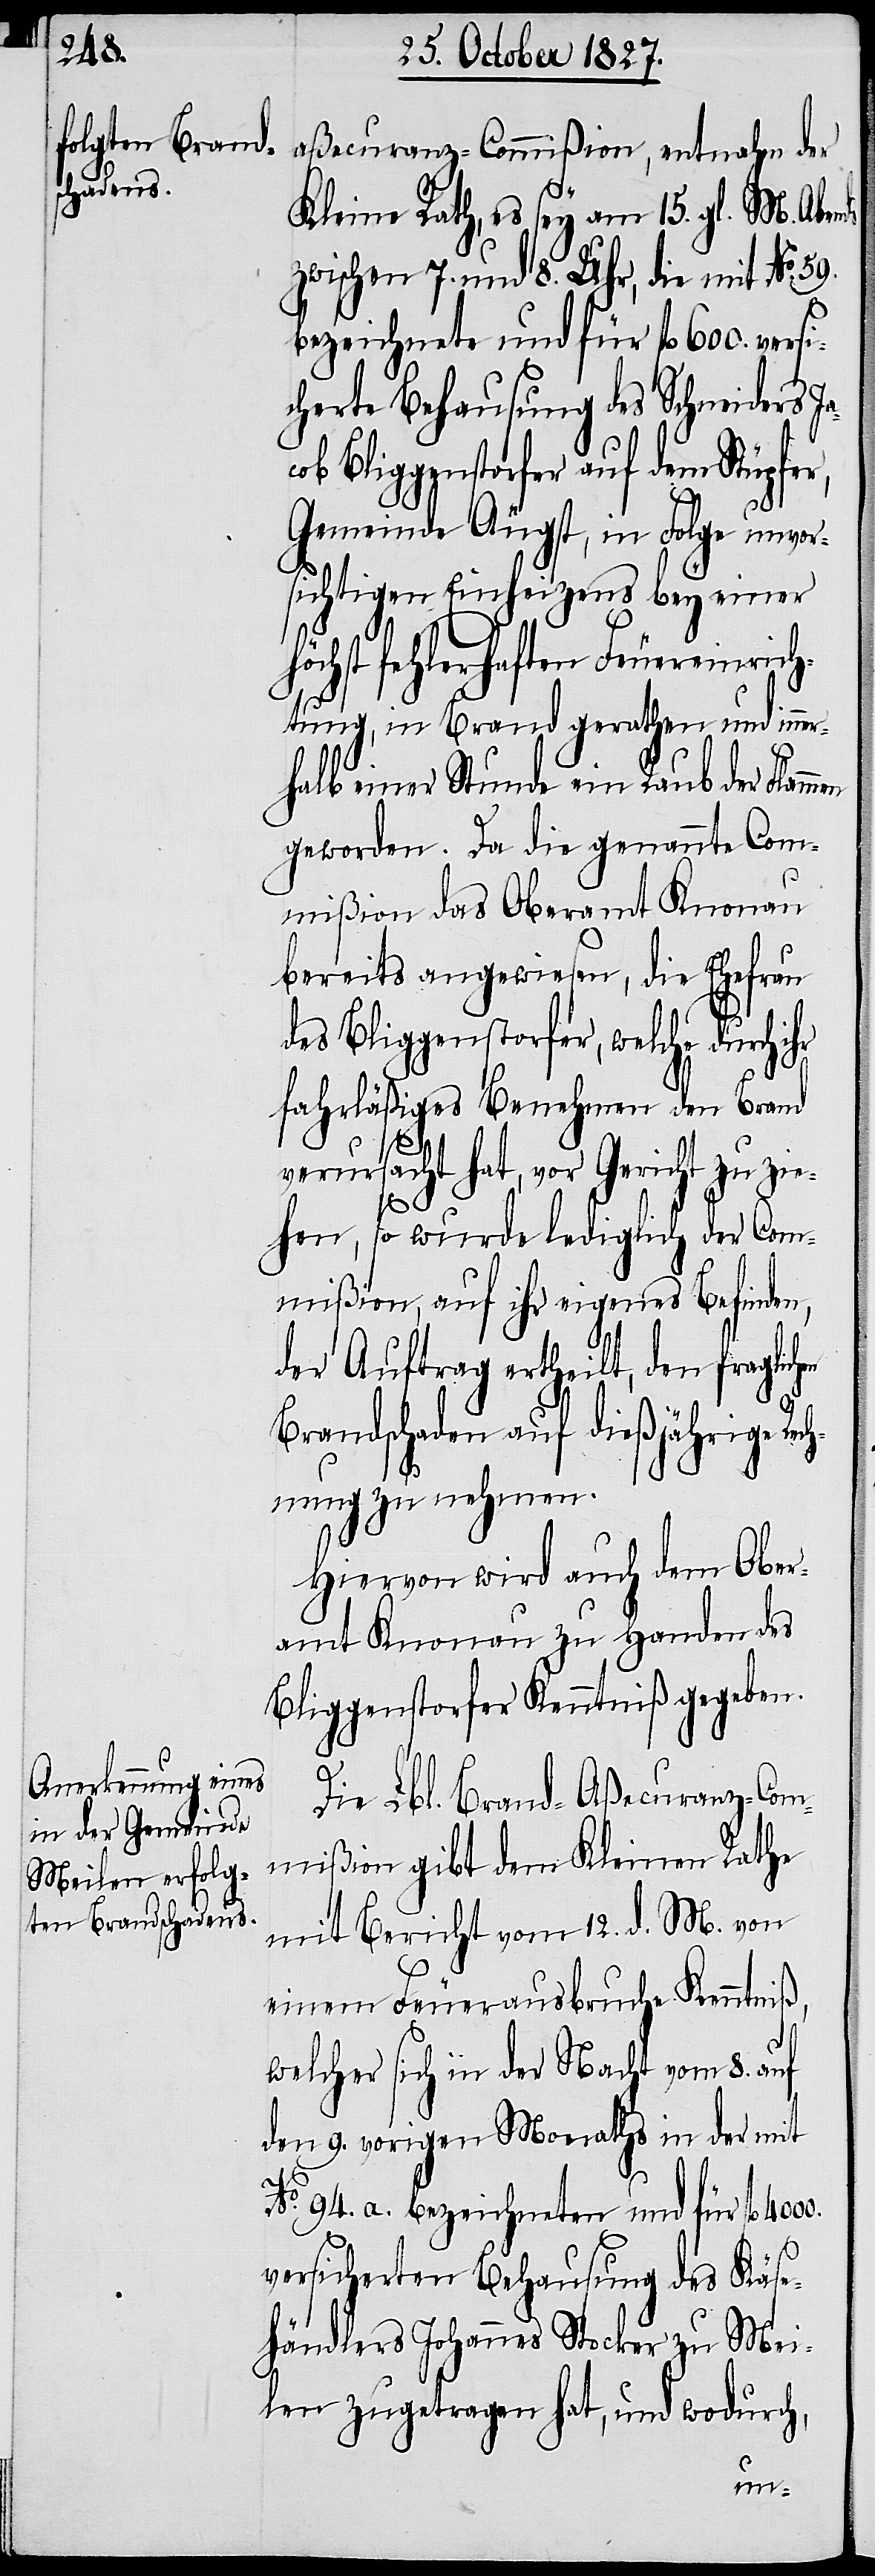
aßecuranz-Commißion, entnahm der
Kleine Rath, es sey am 15. gl. M. Abends
zwischen 7. und 8. Uhr, die mit No.
bezeichnete und für fl. 600. versi¬
cherte Behausung des Schneider Ja¬
ob Bliggenstorfer auf dem Stüpfe¬
r,
Gemeinde Äugst, in Folge unvor¬
sichtigen Einheizens bey einer
höchst fehlerhaften Feuereinrich¬
tung, in Brand gerathen und inner¬
halb einer Stunde ein Raub der Flamm¬
geworden. Da die genannte Com¬
mißion das Oberamt Knonau
bereits angewiesen, die Ehefrau
des Bliggenstorfer, welche durch
fahrläßiges Benehmen den Brand
verursacht hat, vor Gericht zu zie¬
4000.
hen, so wurde lediglich der Com¬
mißion, auf ihr eigenes Befinden,
der Auftrag ertheilt, den fraglic¬
Brandschaden auf dießjährige Rec¬
hnung zu nehmen.
Hiervon wird auch dem Ober¬
amt Knonau zu Handen des
Bliggenstorfer Kenntniß gegeben.
Die Lbl. Brand-Aßecuranz-Com¬
mißion gibt dem Kleinen Rathe
mit Bericht vom 12. d. M. von
einem Feuerausbruche Kenntniß,
welcher sich in der Nacht vom 8. auf
den 9. vorigen Monaths in der mit
No. 94. a. bezeichneten und für fl.
versicherten Behausung des Käse¬
händlers Johannes Stocker zu Mei¬
len zugetragen hat, und wodurch,
hen